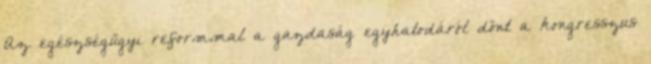
Az egészségügyi reformmal a gazdaság egyhatodáról dönt a kongresszus